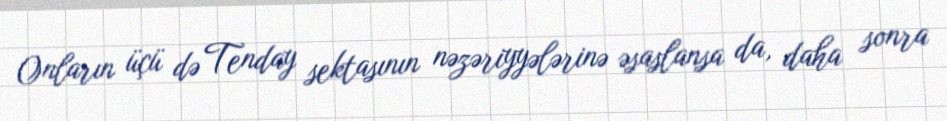
Onların üçü də Tenday sektasının nəzəriyyələrinə əsaslansa da, daha sonra